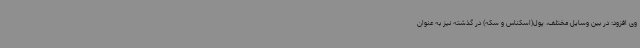
وی افزود: در بین وسایل مختلف، پول(اسکناس و سکه) در گذشته نیز به عنوان